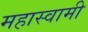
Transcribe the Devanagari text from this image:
महास्वामी